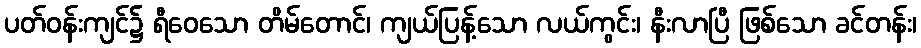
ပတ်ဝန်းကျင်၌ ရီဝေသော တိမ်တောင်၊ ကျယ်ပြန့်သော လယ်ကွင်း၊ နီးလာပြီ ဖြစ်သော ခင်တန်း၊